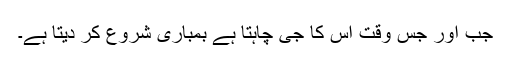
جب اور جس وقت اس کا جی چاہتا ہے بمباری شروع کر دیتا ہے۔